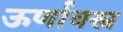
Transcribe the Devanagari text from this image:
ऊर्णावस्त्र